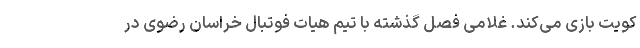
کویت بازی می‌کند. غلامی فصل گذشته با تیم هیات فوتبال خراسان رضوی در